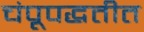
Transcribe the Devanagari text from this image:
चंपूपद्धतीत